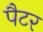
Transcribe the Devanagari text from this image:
पैटर